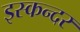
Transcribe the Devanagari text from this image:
इस्कन्दर